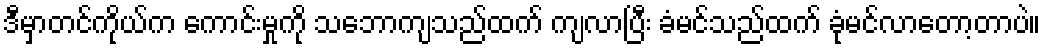
ဒီမှာတင်ကိုယ်က ကောင်းမှုကို သဘောကျသည်ထက် ကျလာပြီး ခံမင်သည်ထက် ခုံမင်လာတော့တာပဲ။